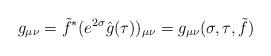
LaTeX: \begin{align*}g_{\mu\nu}= \tilde f^*(e^{2\sigma}\hat g(\tau))_{\mu\nu}= g_{\mu\nu}(\sigma,\tau,\tilde{f})\end{align*}